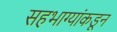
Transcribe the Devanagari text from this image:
सहभाग्यांकडून